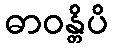
ဓာဝန္တိပိ